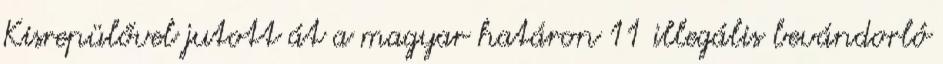
Kisrepülővel jutott át a magyar határon 11 illegális bevándorló